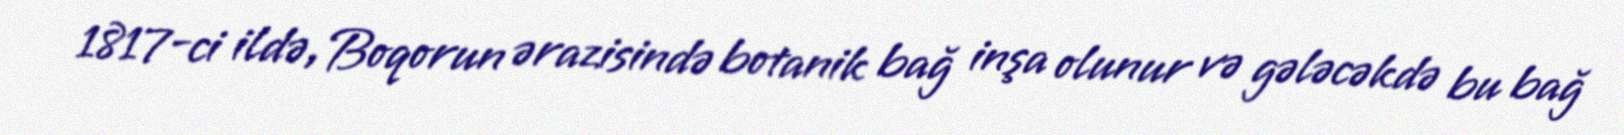
1817-ci ildə, Boqorun ərazisində botanik bağ inşa olunur və gələcəkdə bu bağ